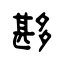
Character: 夦